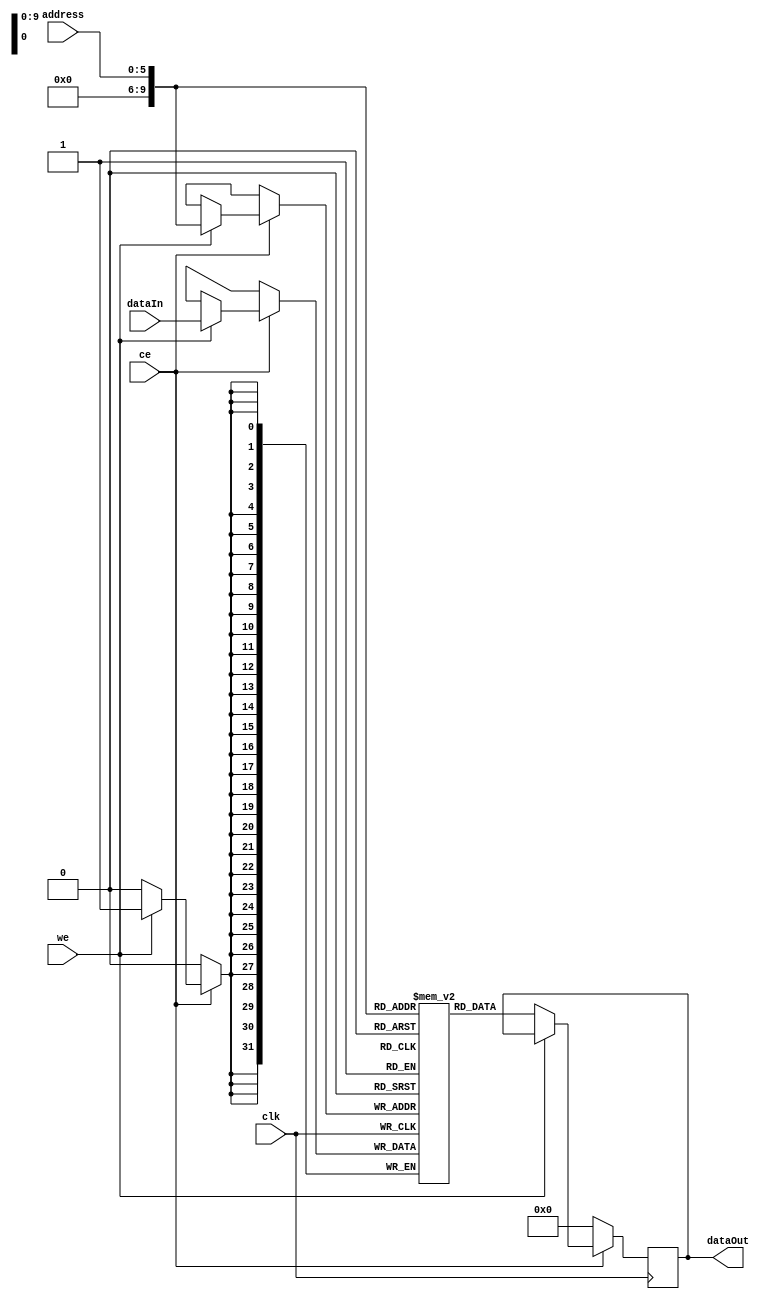
module datamemory(clk,address, dataIn, dataOut, we, ce);
								
	input clk, ce, we;
	integer i;
	input[31:0] dataIn;
	input[5:0] address;
	output reg [31:0] dataOut;
	
	reg [31:0]mem[0:1023];
	
	initial 
	begin
		mem[0] = 1000; //A
		mem[1] = 5000; //B
		mem[2] = 2000; //C
		mem[3] = 3000; //D
		
		for(i=5;i<1023;i=i+1) 
		begin
			mem[i] = 0;
		end
	end
	
	always @(posedge clk)
	begin 
		if(ce == 1)
		begin
			if(we == 0)
			begin
				dataOut <= mem[address];
			end
			else 
			begin
				mem[address] <= dataIn;
			end
		end
		else 
		begin
			dataOut <= 0;
		end
	end
	
endmodule